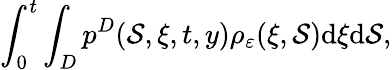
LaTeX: \int_{0}^{t}\int_{D}p^{D}(\mathcal{S},\xi,t,y)\rho_{\varepsilon}(\xi,\mathcal{S})\textrm{{d}}\xi\textrm{{d}}\mathcal{S},